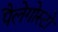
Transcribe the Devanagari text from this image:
पैलेगोस्टो